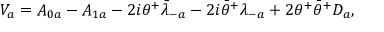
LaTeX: V _ { a } = A _ { 0 a } - A _ { 1 a } - 2 i \theta ^ { + } { \bar { \lambda } } _ { - a } - 2 i { \bar { \theta } } ^ { + } \lambda _ { - a } + 2 \theta ^ { + } { \bar { \theta } } ^ { + } D _ { a } ,